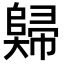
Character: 𡚖